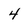
Character: 4